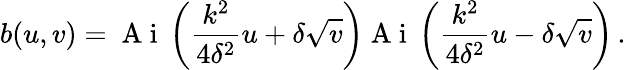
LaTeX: b(u,v)={\mathrm{~A~i~}}\left(\frac{k^{2}}{4\delta^{2}}u+\delta\sqrt{v}\right){\mathrm{~A~i~}}\left(\frac{k^{2}}{4\delta^{2}}u-\delta\sqrt{v}\right)\, .